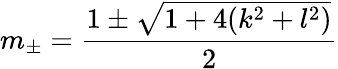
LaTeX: m_{\pm}=\frac{1\pm\sqrt{1+4(k^{2}+l^{2})}}{2}